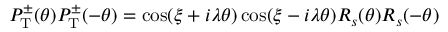
P _ { \mathrm { T } } ^ { \pm } ( \theta ) P _ { \mathrm { T } } ^ { \pm } ( - \theta ) = \cos ( \xi + i \lambda \theta ) \cos ( \xi - i \lambda \theta ) R _ { s } ( \theta ) R _ { s } ( - \theta )